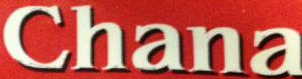
chana